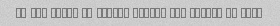
It was cold- So salty- Small- Bad taste- Im done